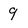
Character: 9